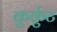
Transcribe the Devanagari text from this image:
कुर्कुट